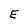
Character: E